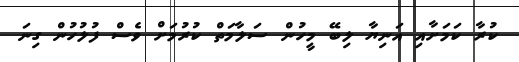
ކުރާ ކަމަށާއި އަނިޔާ ލިބޭ މީހުން ސަލާމަތް ކުރުމަށް ވެސް ފުލުހުން ގިނަ